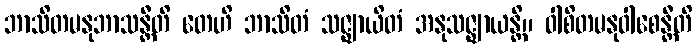
ဘာသိတမနုဘာသန္တီတိ တေဟိ ဘာသိတံ သဇ္ဈာယိတံ အနုသဇ္ဈာယန္တိ။ ဝါစိတမနုဝါစေန္တီတိ